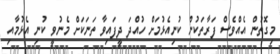
މިގޮތުން އެއްވެސް ފަރާތަކުން ކުނިއެޅުމަށް ހުއްދަ ދީފައިވާ ތަނަކަށް މެނުވީ ކުނި އެޅުމާއި